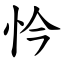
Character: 忴